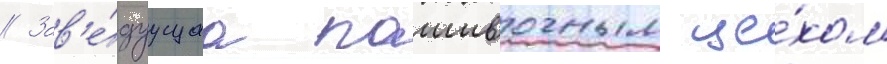
// Зав'е́дуущаа пошивочным це́хом